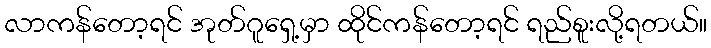
လာကန်တော့ရင် အုတ်ဂူရှေ့မှာ ထိုင်ကန်တော့ရင် ရည်စူးလို့ရတယ်။